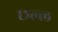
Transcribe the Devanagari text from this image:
छल्ल